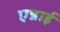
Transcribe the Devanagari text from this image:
एन्नाई